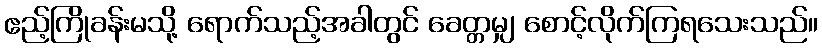
ဧည့်ကြိုခန်းမသို့ ရောက်သည့်အခါတွင် ခေတ္တမျှ စောင့်လိုက်ကြရသေးသည်။